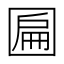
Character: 𱖄